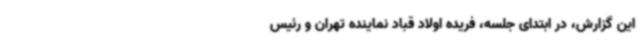
این گزارش، در ابتدای جلسه، فریده اولاد قباد نماینده تهران و رئیس